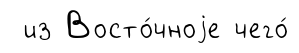
из Восто́чноjе чего́